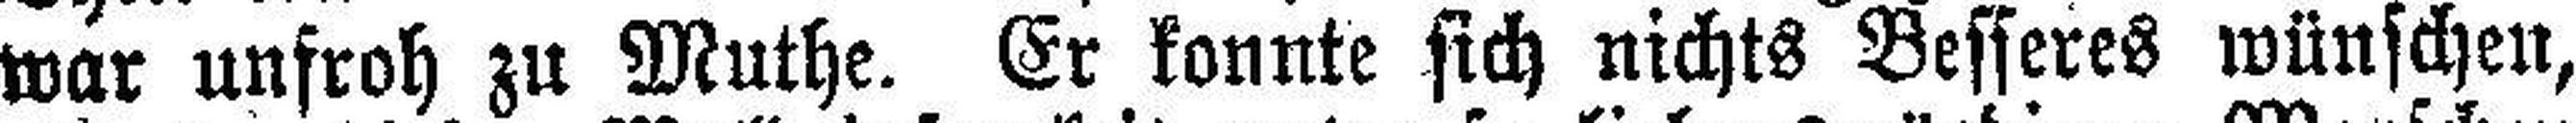
war unfroh zu Muthe. Er konnte sich nichts Besseres wünschen,